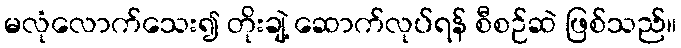
မလုံလောက်သေး၍ တိုးချဲ့ ဆောက်လုပ်ရန် စီစဉ်ဆဲ ဖြစ်သည်။